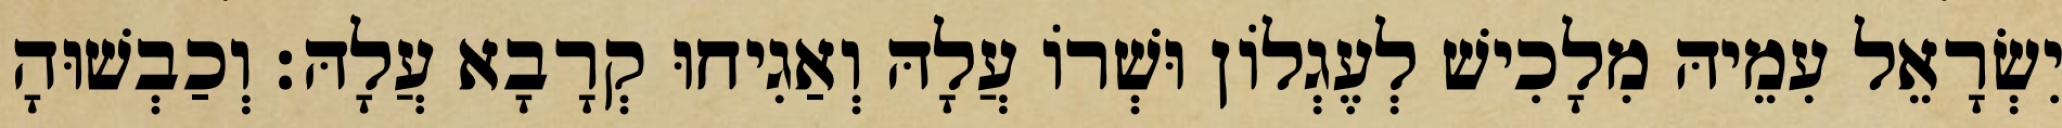
יִשְׂרָאֵל עִמֵיהּ מִלָכִישׁ לְעֶגְלוֹן וּשְׁרוֹ עֲלָהּ וְאַגִיחוּ קְרָבָא עֲלָהּ׃ וְכַבְשׁוּהָ